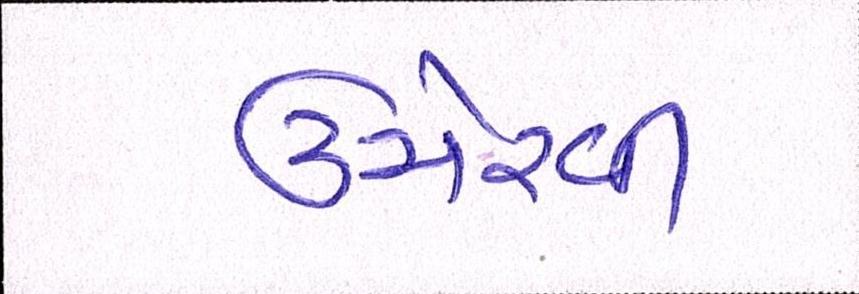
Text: ઉમેરવી